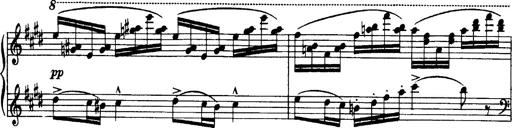
Title: OuvertÃ¼re zu TannhÃ¤user
Composer: Franz Liszt